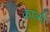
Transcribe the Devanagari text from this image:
काल्मी